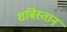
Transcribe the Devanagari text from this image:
शबिस्तान